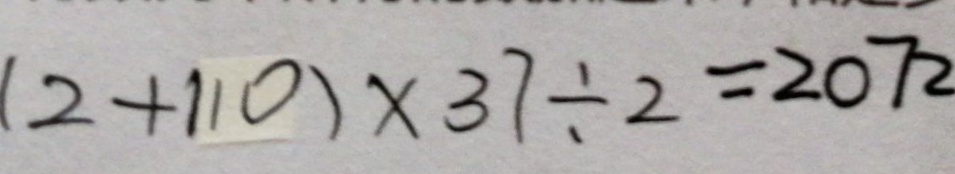
( 2 + 1 1 0 ) \times 3 7 \div 2 = 2 0 7 2